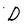
Character: D